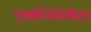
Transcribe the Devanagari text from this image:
एक्सीलेरोमीटर